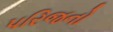
પરિજનો